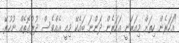
"އަހަރެން ހިތަށް މިއަރަނީ އަހަރެން ދަންނަ ބައެކޭ މިއީ އެއްވެސް ދުރުގޮތެއް ނުހުރޭ.